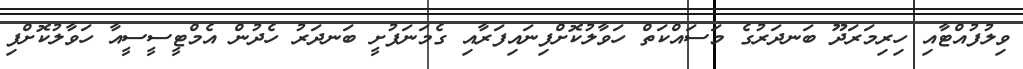
ވިލުފުއްޓާއި ހިރިމަރަދޫ ބަނދަރުގެ މަސައްކަތް ހަވާލުކޮށްފިނައިފަރާއި ގެމަނަފުށީ ބަނދަރު ހެދުން އެމްޓީސީސީއާ ހަވާލުކޮށްފި